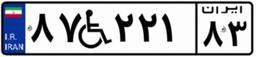
۸۷W۲۲۱۸۳